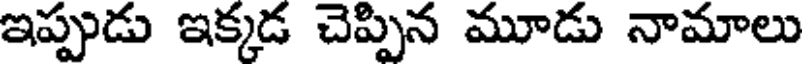
ఇప్పుడు ఇక్కడ చెప్పిన మూడు నామాలు